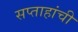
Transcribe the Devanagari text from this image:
सप्ताहांची